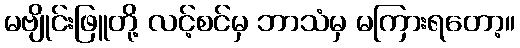
မဗျိုင်းဖြူတို့ လင့်စင်မှ ဘာသံမှ မကြားရတော့။